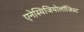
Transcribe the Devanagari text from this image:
एनेस्थिजियोलॉजिस्ट